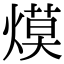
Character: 㷬